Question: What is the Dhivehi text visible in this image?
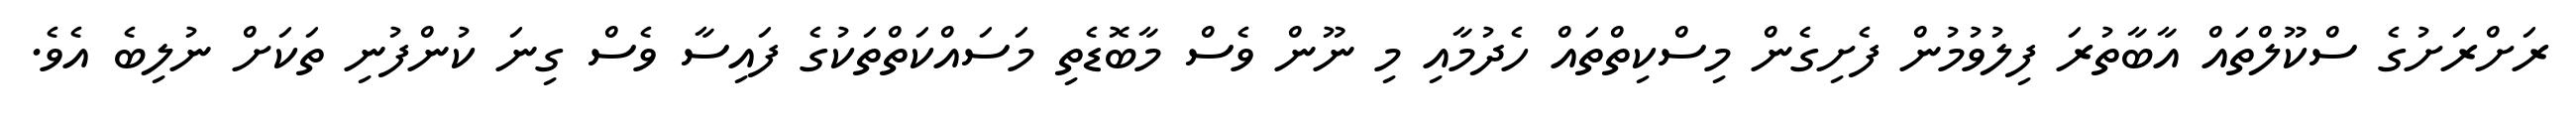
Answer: ރަށްރަށުގެ ސްކޫލްތައް އާބާތުރަ ފިލުވުމުން ފެށިގެން މިސްކިތްތައް ހެދުމާއި މި ނޫން ވެސް މާބޮޑެތި މަސައްކަތްތަކުގެ ފައިސާ ވެސް ގިނަ ކުންފުނި ތަކަށް ނުލިބެ އެވެ.